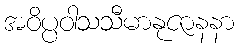
အဝိပ္ပဝါသသီမာနုဇာနနာ